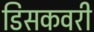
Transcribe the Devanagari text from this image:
डिसकवरी